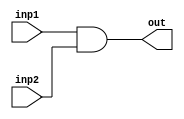
module and_gate(
input inp1, // input of the and gate
input inp2,
output out // output of the gate
);

// defining the data-type of the port
wire inp1;
wire inp2;
wire out;

// below condition will always hold true...
assign out = inp1 & inp2;

endmodule